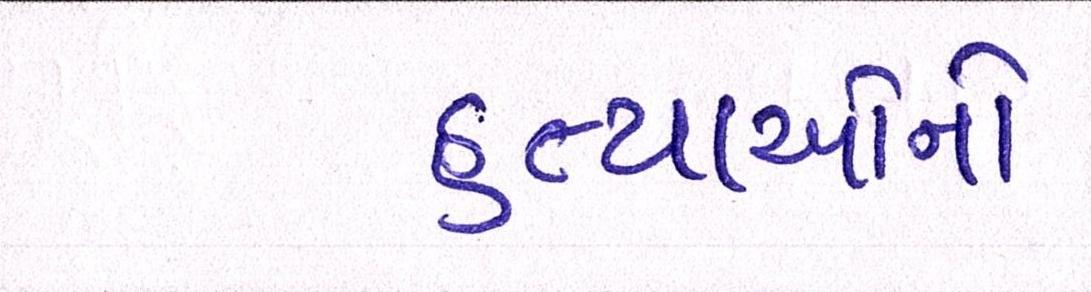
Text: હત્યાઓનો